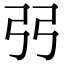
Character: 弜